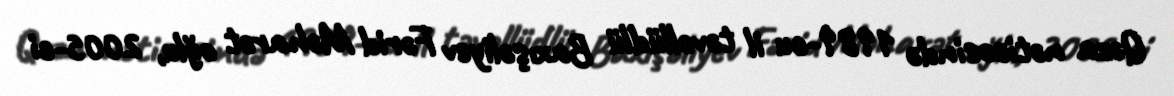
Qəza nəticəsində 1989-cu il təvəllüdlü Baxışəliyev Fərid Məharət oğlu, 2005-ci